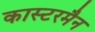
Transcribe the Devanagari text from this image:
कास्टरमैन